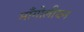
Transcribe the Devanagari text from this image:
मॉंगोलीयन